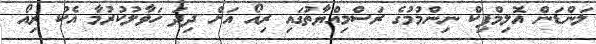
ލަންޑަން އޮލިމްޕިކް ނިންމުމުގެ ރަސްމިއްޔާތުގައި ރިއޯ އަށް ދިދަ ހަވާލުކުރުމާ އެކު ރިއޯ